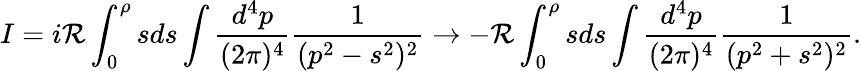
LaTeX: I=i\mathcal{R}\int_{0}^{\rho}sds\int\frac{{d^{4}p}}{{(2\pi)^{4}}}\frac{{1}}{{(p^{2}-s^{2})^{2}}}\rightarrow-\mathcal{R}\int_{0}^{\rho}sds\int\frac{{d^{4}p}}{{(2\pi)^{4}}}\frac{{1}}{{(p^{2}+s^{2})^{2}}}.